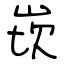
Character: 崁